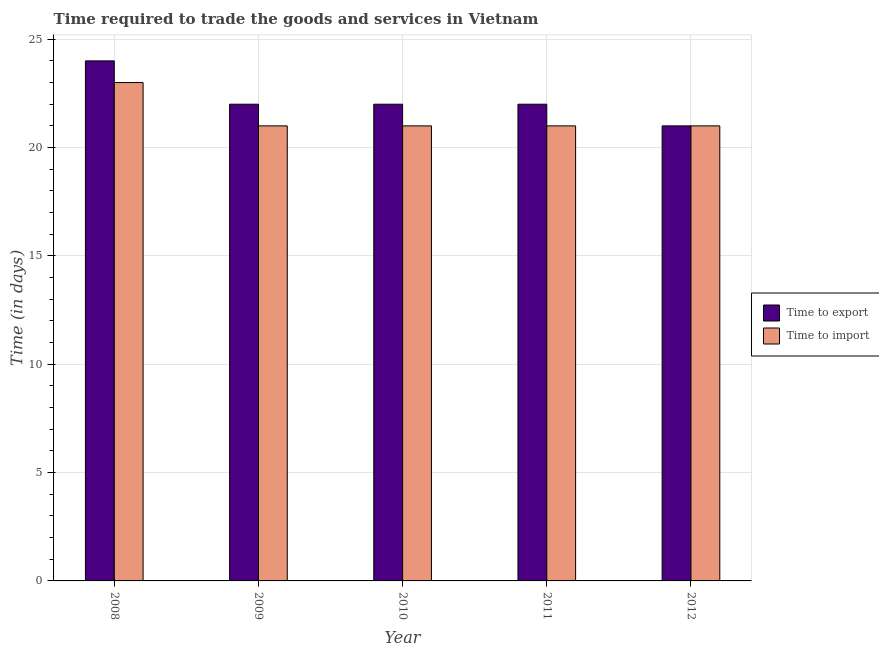
| Year | Time to export | Time to import |
 | --- | --- | --- |
 | 2008 | 24 | 23 |
 | 2009 | 22 | 21 |
 | 2010 | 22 | 21 |
 | 2011 | 22 | 21 |
 | 2012 | 21 | 21 |